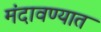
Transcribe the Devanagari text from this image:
मंदावण्यात